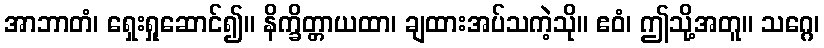
အာဘာတံ၊ ရှေးရှုဆောင်၍။ နိက္ခိတ္တာယထာ၊ ချထားအပ်သကဲ့သို။ ဧဝံ၊ ဤသို့အတူ။ သဂ္ဂေ၊